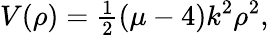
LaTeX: V(\rho)={\textstyle{\frac{1}{2}}}(\mu-4)k^{2}\rho^{2},